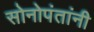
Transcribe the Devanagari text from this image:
सोनोपंतांनी